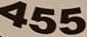
455